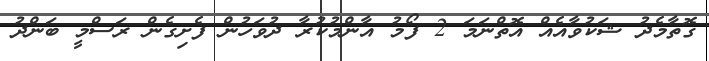
ގޮތާމެދު ޝަކުވާއެއް އޮތްނަމަ 2 ފޯމު އާންމުކުރާ ދުވަހުން ފެށިގެން ރަސްމީ ބަންދު